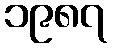
၁၉၈၇